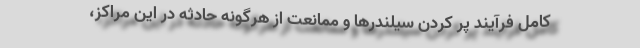
کامل فرآیند پر کردن سیلندرها و ممانعت از هرگونه حادثه در این مراکز،